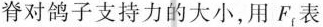
脊对鸽子支持力的大小，用F_{f}表